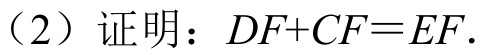
（2）证明：\(DF + CF=EF\).